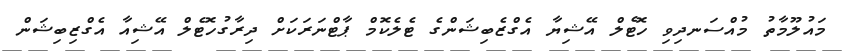
މައުލޫމާތު މުއްސަނދިވި ހޮޓެލް އޭޝިޔާ އެގްޒެބިޝަންގެ ޓެލެކޮމް ޕާޓްނަރަކަށް ދިރާގުހޮޓެލް އޭޝިއާ އެގްޒިބިޝަން